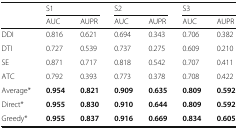
<table><thead><tr><td rowspan="2"></td><td colspan="2"><b>S1</b></td><td colspan="2"><b>S2</b></td><td colspan="2"><b>S3</b></td></tr><tr><td><b>AUC</b></td><td><b>AUPR</b></td><td><b>AUC</b></td><td><b>AUPR</b></td><td><b>AUC</b></td><td><b>AUPR</b></td></tr></thead><tbody><tr><td>DDI</td><td>0.816</td><td>0.621</td><td>0.694</td><td>0.343</td><td>0.706</td><td>0.382</td></tr><tr><td>DTI</td><td>0.727</td><td>0.539</td><td>0.737</td><td>0.275</td><td>0.609</td><td>0.210</td></tr><tr><td>SE</td><td>0.871</td><td>0.717</td><td>0.818</td><td>0.542</td><td>0.707</td><td>0.411</td></tr><tr><td>ATC</td><td>0.792</td><td>0.393</td><td>0.773</td><td>0.378</td><td>0.708</td><td>0.422</td></tr><tr><td>Average*</td><td><b>0.954</b></td><td><b>0.821</b></td><td><b>0.909</b></td><td><b>0.635</b></td><td><b>0.809</b></td><td><b>0.592</b></td></tr><tr><td>Direct*</td><td><b>0.955</b></td><td><b>0.830</b></td><td><b>0.910</b></td><td><b>0.644</b></td><td><b>0.809</b></td><td><b>0.592</b></td></tr><tr><td>Greedy*</td><td><b>0.955</b></td><td><b>0.837</b></td><td><b>0.916</b></td><td><b>0.669</b></td><td><b>0.834</b></td><td><b>0.605</b></td></tr></tbody></table>